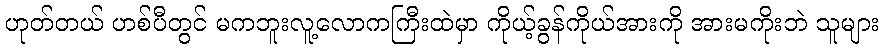
ဟုတ်တယ် ဟစ်ပီတွင် မကဘူးလူ့လောကကြီးထဲမှာ ကိုယ့်ခွန်ကိုယ်အားကို အားမကိုးဘဲ သူများ